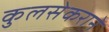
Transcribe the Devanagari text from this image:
कुलसेकराने